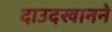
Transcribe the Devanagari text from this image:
दाउदखानने